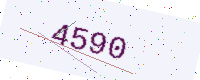
Text: 4590